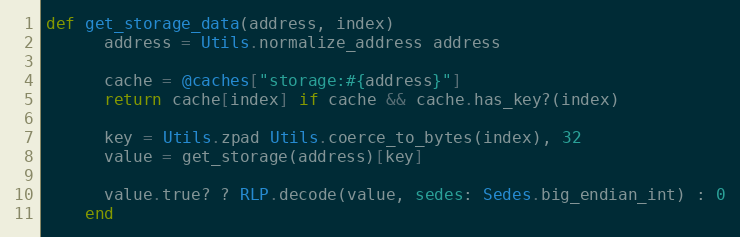
Language: Ruby
def get_storage_data(address, index)
      address = Utils.normalize_address address

      cache = @caches["storage:#{address}"]
      return cache[index] if cache && cache.has_key?(index)

      key = Utils.zpad Utils.coerce_to_bytes(index), 32
      value = get_storage(address)[key]

      value.true? ? RLP.decode(value, sedes: Sedes.big_endian_int) : 0
    end